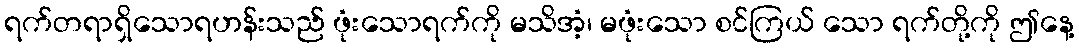
ရက်တရာရှိသောရဟန်းသည် ဖုံးသောရက်ကို မသိအံ့၊ မဖုံးသော စင်ကြယ် သော ရက်တို့ကို ဤနေ့